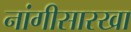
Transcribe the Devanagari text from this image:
नांगीसारखा